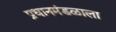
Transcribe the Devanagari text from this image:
प्रधानमंडळाला